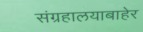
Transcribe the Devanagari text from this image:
संग्रहालयाबाहेर